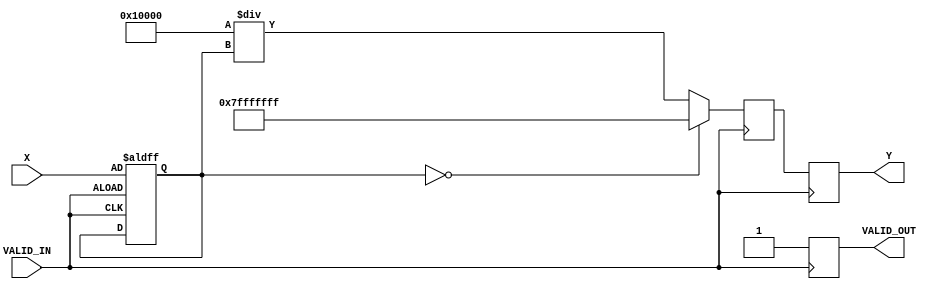
module DirectReciprocalUnit #(
    parameter INPUT_WIDTH = 16, // Width of input data
    parameter OUTPUT_WIDTH = 32  // Width of output data
)(
    input wire [INPUT_WIDTH-1:0] X,        // Input data
    input wire VALID_IN,                    // Input valid signal
    output reg [OUTPUT_WIDTH-1:0] Y,       // Reciprocal result
    output reg VALID_OUT                    // Output valid signal
);

    // Constants
    localparam FIXED_POINT_FRACTIONAL_BITS = 16; // Number of fractional bits in the output
    localparam MAX_VALUE = {1'b0, {OUTPUT_WIDTH-1{1'b1}}}; // Max value for overflow handling

    reg [INPUT_WIDTH-1:0] input_reg;
    reg [OUTPUT_WIDTH-1:0] reciprocal;

    // Internal signal for calculation
    reg valid_out_next;

    // Control logic
    always @(posedge VALID_IN or negedge VALID_IN) begin
        if (VALID_IN) begin
            input_reg <= X;
        end
    end

    // Reciprocal calculation using simple multiplier
    // This example uses a fixed-point approximation of the reciprocal
    always @(posedge VALID_IN) begin
        // Check for division by zero
        if (input_reg == 0) begin
            reciprocal <= MAX_VALUE; // Handle division by zero
        end else begin
            // Example: Simple reciprocal calculation (1/x)
            // This can be replaced with a more accurate method (e.g., Newton-Raphson)
            reciprocal <= (1 << FIXED_POINT_FRACTIONAL_BITS) / input_reg; // (1 << F) represents 1.0 in fixed-point
        end
        VALID_OUT <= 1'b1; // Indicate that the output is valid
    end

    // Output assignment
    always @(posedge VALID_IN) begin
        Y <= reciprocal; // Assign computed reciprocal to output Y
    end

    // Reset VALID_OUT after one cycle
    always @(posedge VALID_IN) begin
        if (VALID_OUT) begin
            valid_out_next <= 1'b0; // Reset output valid signal
        end else begin
            valid_out_next <= 1'b1; // Keep it high until next valid input
        end
    end

endmodule